Report of an investigation into the causes of the diseases known in Assam as Kála-Azár and Beri-Beri
Disease focus: Beri-Beri
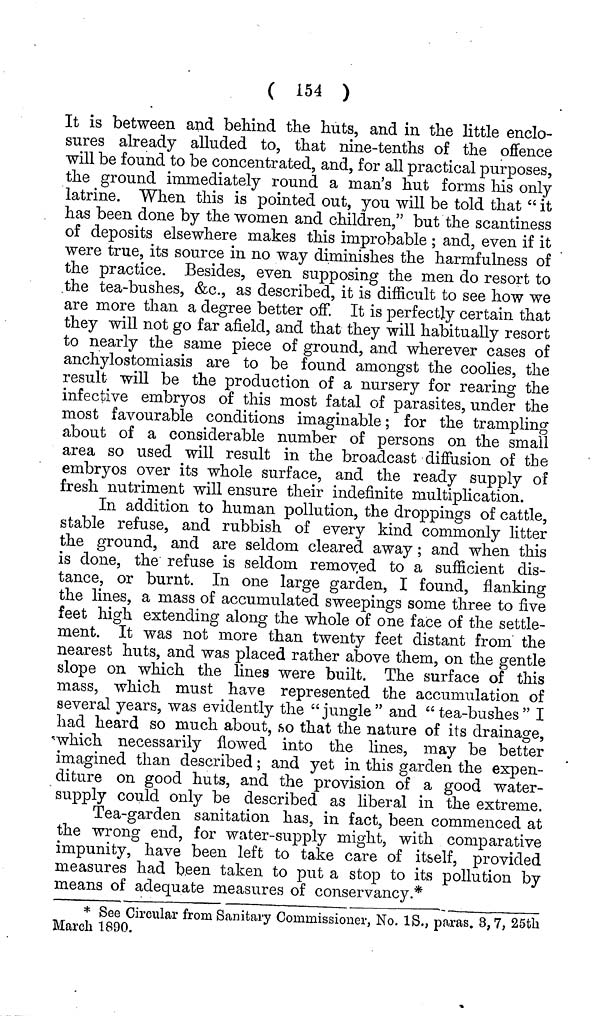
( 154 )
It is between and behind the huts, and in the little enclo-
sures already alluded to, that nine-tenths of the offence
will be found to be concentrated, and, for all practical purposes,
the ground immediately round a man's hut forms his only
latrine. When this is pointed out, you will be told that " it
has been done by the women and children," but the scantiness
of deposits elsewhere makes this improbable ; and, even if it
were true, its source in no way diminishes the harmfulness of
the practice. Besides, even supposing the men do resort to
the tea-bushes, &c., as described, it is difficult to see how we
are more than a degree better off. It is perfectly certain that
they will not go far afield, and that they will habitually resort
to nearly the same piece of ground, and wherever cases of
anchylostomiasis are to be found amongst the coolies, the
result will be the production of a nursery for rearing the
infective embryos of this most fatal of parasites, under the
most favourable conditions imaginable; for the trampling
about of a considerable number of persons on the small
area so used will result in the broadcast diffusion of the
embryos over its whole surface, and the ready supply of
fresh nutriment will ensure their indefinite multiplication.
In addition to human pollution, the droppings of cattle,
stable refuse, and rubbish of every kind commonly litter
the ground, and are seldom cleared away ; and when this
is done, the refuse is seldom remov.ed to a sufficient dis-
tance, or burnt. In one large garden, I found, flanking
the lines, a mass of accumulated sweepings some three to five
feet high extending along the whole of one face of the settle-
ment. It was not more than twenty feet distant from the
nearest huts, and was placed rather above them, on the gentle
slope on which the lines were built. The surface of this
mass, which must have represented the accumulation of
several years, was evidently the "jungle" and "tea-bushes" I
had heard so much about, ,so that the nature of its drainage,
which necessarily flowed into the lines, may be better
imagined than described; and yet in this garden the expen-
diture on good huts, and the provision of a good water-
supply could only be described as liberal in the extreme.
Tea-garden sanitation has, in fact, been commenced at
the wrong end, for water-supply might, with comparative
impunity, have been left to take care of itself, provided
measures had been taken to put a stop to its pollution by
means of adequate measures of conservancy.*
* See Circular from Sanitary Commissioner, No. IS., paras. 3, 7, 25th
March 1890.